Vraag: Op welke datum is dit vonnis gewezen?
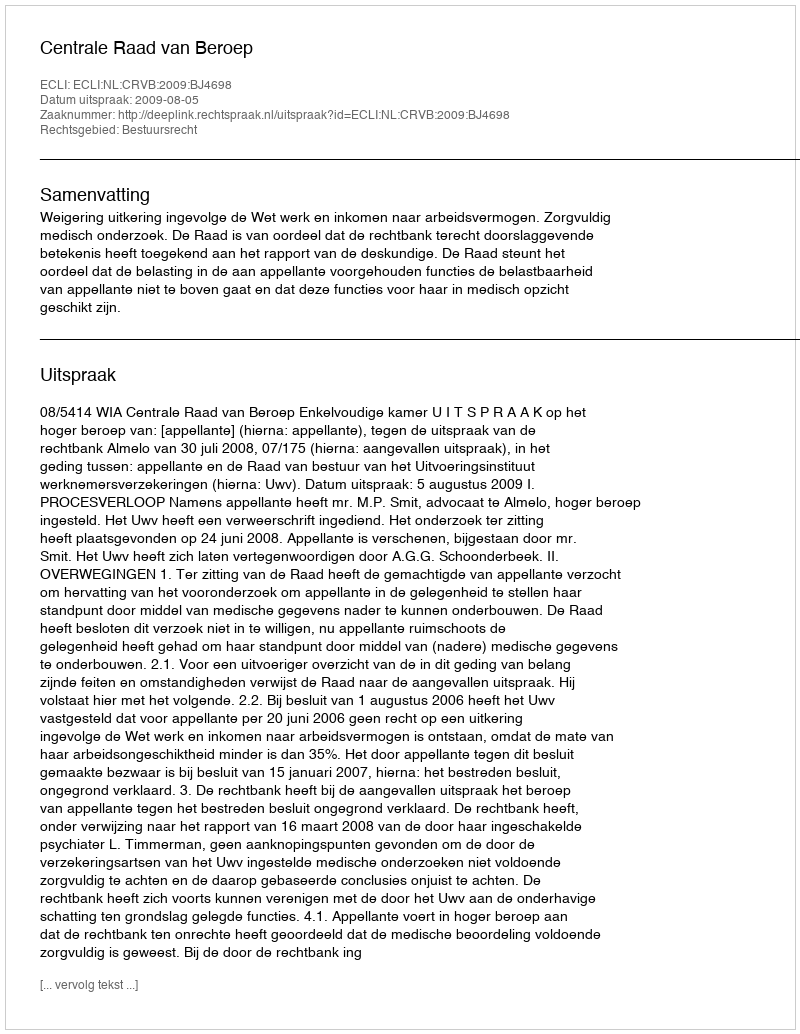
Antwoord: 2009-08-05